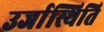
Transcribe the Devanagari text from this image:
उर्जास्थिति